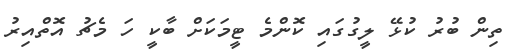
ތިން ބުރު ކުޅޭ ލީގުގައި ކޮންމެ ޓީމަކަށް ބާކީ ހަ މެޗު އޮތްއިރު